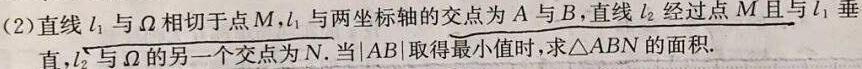
(2)直线$l_{1}$与$\Omega$相切于点$M$，$l_{1}$与两坐标轴的交点为$A$与$B$，直线$l_{2}$经过点$M$且与$l_{1}$垂直，$l_{2}$与$\Omega$的另一个交点为$N$.当$|AB|$取得最小值时，求$\triangle ABN$的面积.